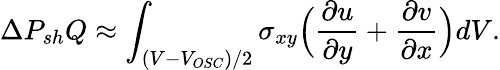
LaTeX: \Delta P_{sh}Q\approx\int_{(V-V_{OSC})/2}\sigma_{xy}\Bigl(\frac{\partial u}{\partial y}+\frac{\partial v}{\partial x}\Bigr)dV.